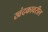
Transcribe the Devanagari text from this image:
खंदकावरील